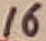
Text: 16